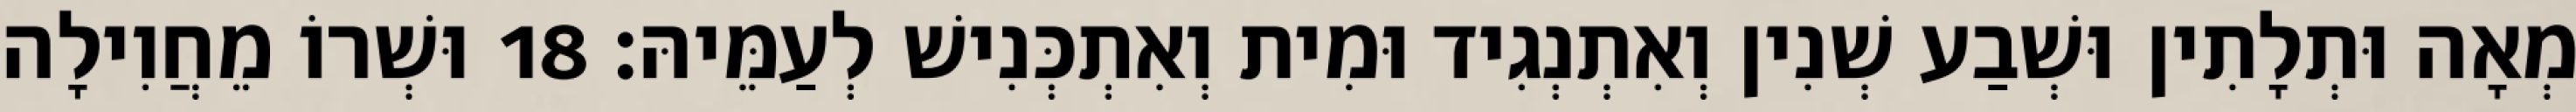
מְאָה וּתְלָתִין וּשְׁבַע שְׁנִין וְאִתְנְגִיד וּמִית וְאִתְכְּנִישׁ לְעַמֵּיהּ׃ 18 וּשְׁרוֹ מֵחֲוִילָה